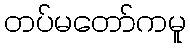
တပ်မတော်ကမူ